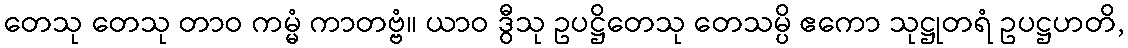
တေသု တေသု တာဝ ကမ္မံ ကာတဗ္ဗံ။ ယာဝ ဒွီသု ဥပဋ္ဌိတေသု တေသမ္ပိ ဧကော သုဋ္ဌုတရံ ဥပဋ္ဌဟတိ,